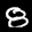
Label: 8